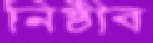
নিষ্ঠীব